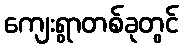
ကျေးရွာတစ်ခုတွင်